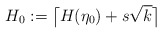
\begin{align*}H_0:=\big\lceil H(\eta_0)+s\sqrt{k} \big\rceil \end{align*}